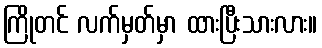
ကြိုတင် လက်မှတ်မှာ ထားပြီးသားလား။